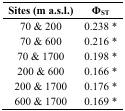
<table><thead><tr><td><b>Sites (m a.s.l.)</b></td><td><b>Φ<sub>ST</sub></b></td></tr></thead><tbody><tr><td>70 &amp; 200</td><td>0.238 *</td></tr><tr><td>70 &amp; 600</td><td>0.216 *</td></tr><tr><td>70 &amp; 1700</td><td>0.198 *</td></tr><tr><td>200 &amp; 600</td><td>0.166 *</td></tr><tr><td>200 &amp; 1700</td><td>0.176 *</td></tr><tr><td>600 &amp; 1700</td><td>0.169 *</td></tr></tbody></table>